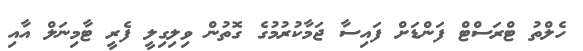
ހެލްތު ޓްރަސްޓް ފަންޑަށް ފައިސާ ޖަމާކުރުމުގެ ގޮތުން ވިލިގިލީ ފެރީ ޓާމިނަލް އާއި